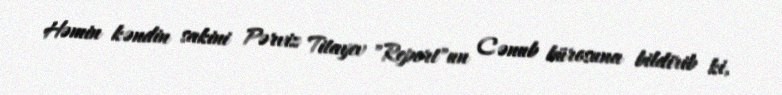
Həmin kəndin sakini Pərviz Titayev "Report"un Cənub bürosuna bildirib ki,